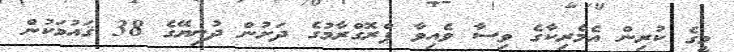
މީގެ ކުރިން އެމެރިކާގެ ވިސާ ވެއިވާ ޕްރޮގްރާމުގެ ދަށުން ދުނިޔޭގެ 38 ޤައުމަކުން